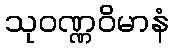
သုဝဏ္ဏဝိမာနံ